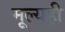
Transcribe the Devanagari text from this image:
मूल्यही